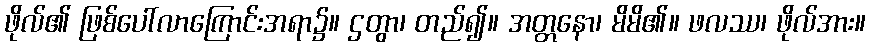
ဖိုလ်၏ ဖြစ်ပေါ်လာကြောင်းအရာ၌။ ဌတွာ၊ တည်၍။ အတ္တနော၊ မိမိ၏။ ဖလဿ၊ ဖိုလ်အား။